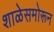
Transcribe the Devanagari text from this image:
शाळेसमोरून